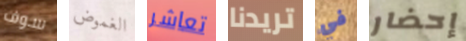
سوف الغموض تعاشر تريدنا في إحضار